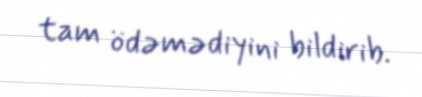
tam ödəmədiyini bildirib.